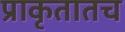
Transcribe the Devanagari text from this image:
प्राकृतातच